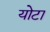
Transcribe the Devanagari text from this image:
योटा